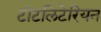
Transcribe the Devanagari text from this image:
टोटलिटेरियन